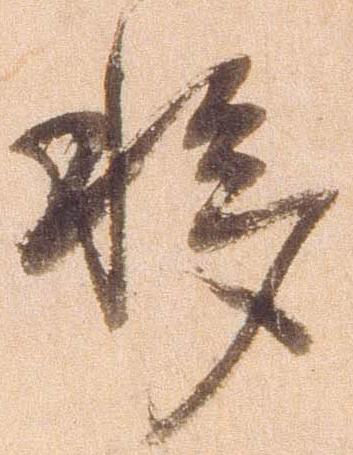
移